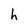
Character: h